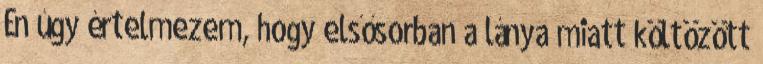
Én úgy értelmezem, hogy elsősorban a lánya miatt költözött